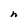
Character: n